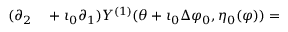
\begin{array} { r l } { ( \partial _ { 2 } } & { { } + \iota _ { 0 } \partial _ { 1 } ) Y ^ { ( 1 ) } ( \theta + \iota _ { 0 } \Delta \varphi _ { 0 } , \eta _ { 0 } ( \varphi ) ) = } \end{array}